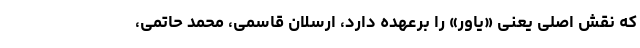
که نقش اصلی یعنی «یاور» را برعهده دارد، ارسلان قاسمی، محمد حاتمی،